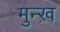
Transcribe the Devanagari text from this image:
मुन्ख़